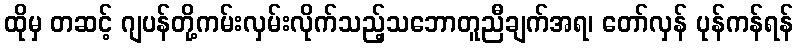
ထိုမှ တဆင့် ဂျပန်တို့ကမ်းလှမ်းလိုက်သည့်သဘောတူညီချက်အရ၊ တော်လှန် ပုန်ကန်ရန်